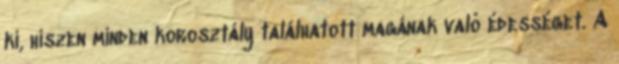
ki, hiszen minden korosztály találhatott magának való édességet. A